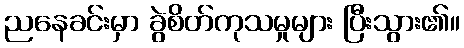
ညနေခင်းမှာ ခွဲစိတ်ကုသမှုများ ပြီးသွား၏။